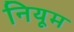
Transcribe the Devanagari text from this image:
नियूम